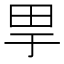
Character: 𤰤